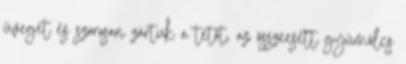
üveget és szorosan zártuk a tetőt, az összeesett gyümölcs